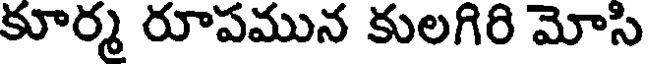
కూర్మ రూపమున కులగిరి మోసి